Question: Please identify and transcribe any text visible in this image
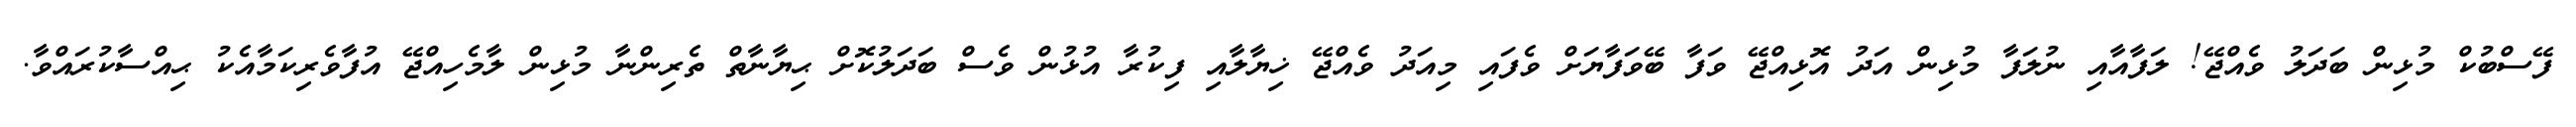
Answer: ފޭސްބުކް މުޅިން ބަދަލު ވެއްޖޭ! ލަފާއާއި ނުލަފާ މުޅިން އަދު އޮޅިއްޖޭ ވަފާ ބޭވަފާޔަށް ވެފައި މިއަދު ވެއްޖޭ ޚިޔާލާއި ފިކުރާ އުޅުން ވެސް ބަދަލުކޮށް ޙިޔާނާތް ތެރިންނާ މުޅިން ލާމެހިއްޖޭ އުފާވެރިކަމާއެކު ޙިއްސާކުރައްވާ.